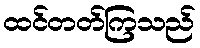
ထင်တတ်ကြသည်